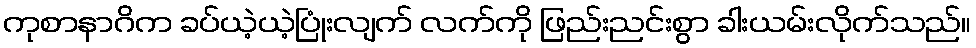
ကုစာနာဂိက ခပ်ယဲ့ယဲ့ပြုံးလျက် လက်ကို ဖြည်းညင်းစွာ ခါးယမ်းလိုက်သည်။